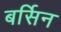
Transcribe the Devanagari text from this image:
बर्सिन